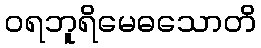
ဝရဘူရိမေဓသောတိ